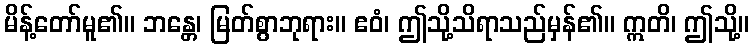
မိန့်တော်မူ၏။ ဘန္တေ၊ မြတ်စွာဘုရား။ ဧဝံ၊ ဤသို့သိရာသည်မှန်၏။ ဣတိ၊ ဤသို့။